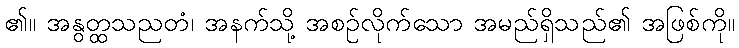
၏။ အနွတ္ထသညတံ၊ အနက်သို့ အစဉ်လိုက်သော အမည်ရှိသည်၏ အဖြစ်ကို။